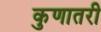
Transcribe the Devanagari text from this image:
कुणातरी